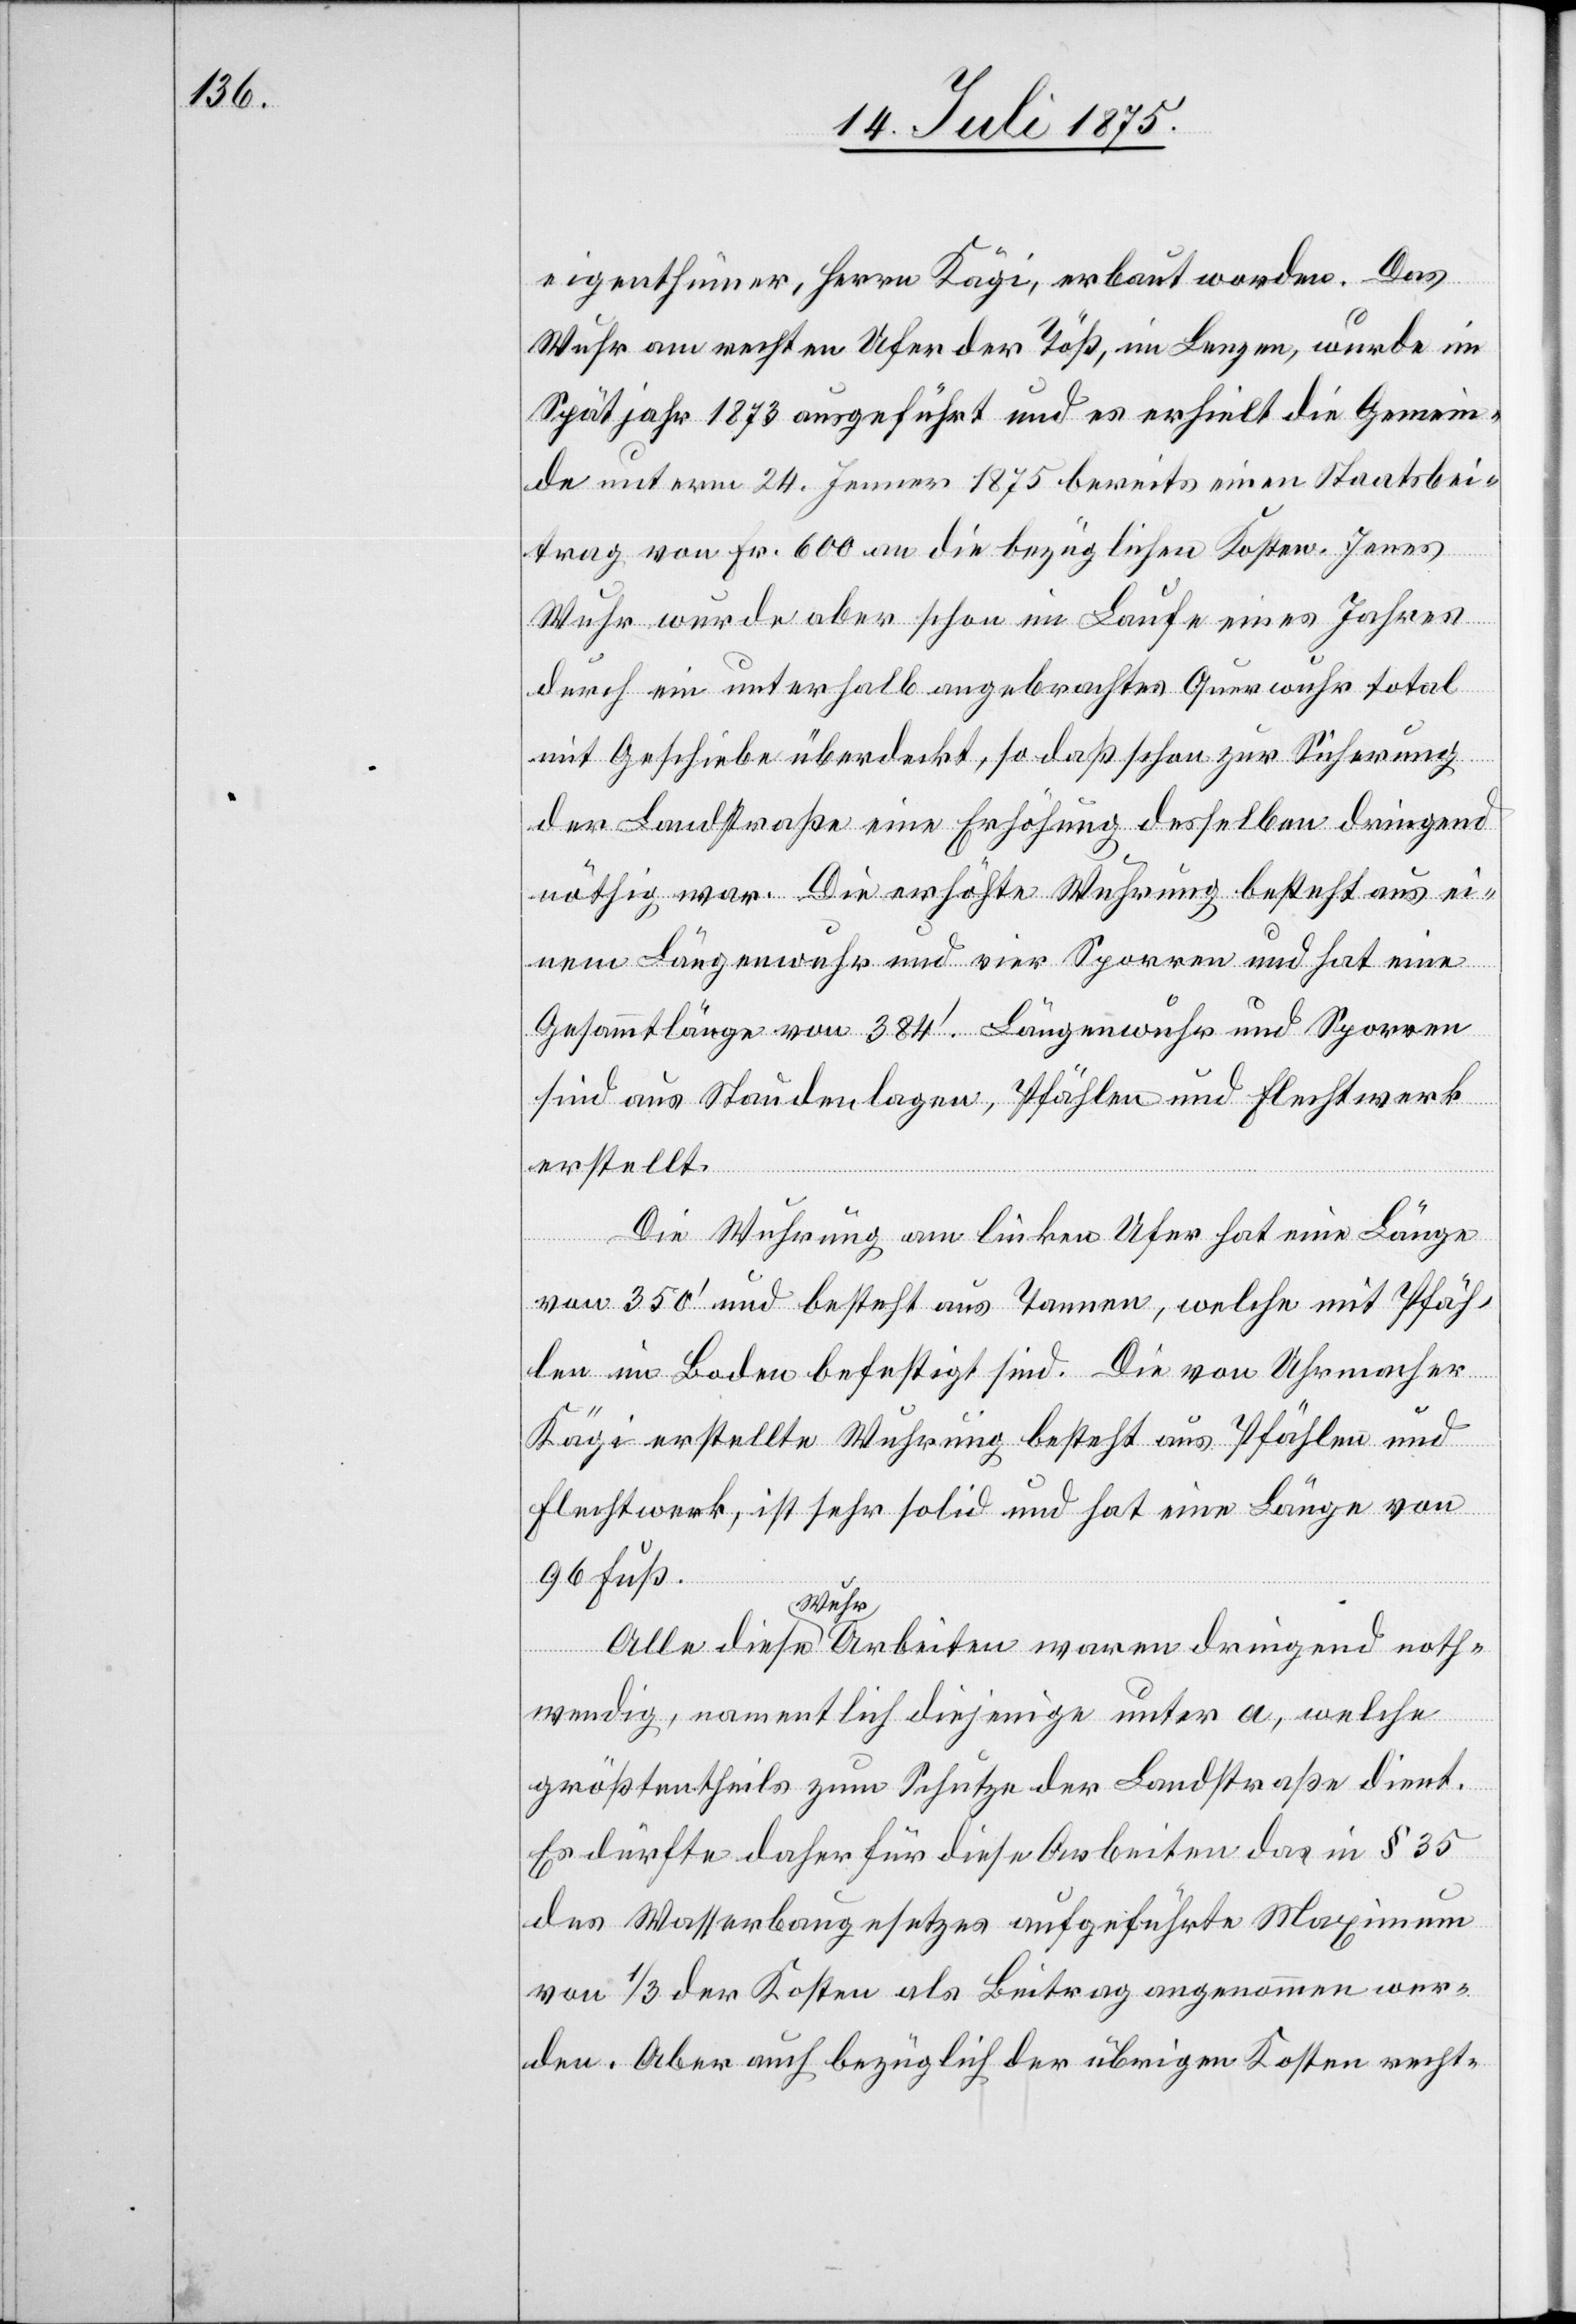
eigenthümer, Herrn Kägi, erbaut worden. Das
Wuhr am rechten Ufer der Töß, in dem Lenzen, wurde im
Spätjahr 1873 ausgeführt und es erhielt die Gemein¬
de unterm 24. Jenner 1875 bereits einen Staatsbei¬
trag von Fr. 600 an die bezüglichen Kosten. Jenes
Wuhr wurde aber schon im Laufe eines Jahrs
durch ein unterhalb angebrachtes Querwuhr total
mit Geschiebe überdeckt, so daß schon zur Sicherung
der Landstraße eine Erhöhung desselben dringend
nöthig war. Die erhöhte Wuhrung besteht aus ei¬
nem Längenwuhr und vier Sporren und hat eine
Gesammtlänge von 384‘. Längenwuhr und Sporren
sind aus Staudenlagen, Pfählen und Flechtwerk
erstellt.
Die Wuhrung am linken Ufer hat eine Länge
von 350‘ und besteht aus Tannen, welche mit Pfäh¬
len im Boden befestigt sind. Die von Uhrmacher
Kägi erstellte Wuhrung besteht aus Pfählen und
Flechtwerk, ist sehr solid und hat eine Länge von
96 Fuß.
Alle diese Wuhrarbeiten waren dringend noth¬
wendig, namentlich diejenige unter a, welche
größtentheils zum Schutze der Landstraße dient.
Es dürfte daher für diese Arbeiten das in § 35
des Wasserbaugesetzes aufgeführte Maximum
von 1/3 der Kosten als Beitrag angenommen wer¬
den. Aber auch bezüglich der übrigen Kosten recht-